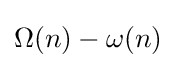
\Omega (n)-\omega (n)